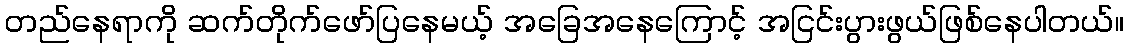
တည်နေရာကို ဆက်တိုက်ဖော်ပြနေမယ့် အခြေအနေကြောင့် အငြင်းပွားဖွယ်ဖြစ်နေပါတယ်။